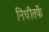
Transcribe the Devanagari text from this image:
निधीतर्फे